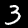
Digit: 3